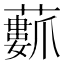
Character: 𮒢